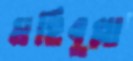
মহিবুল্লা